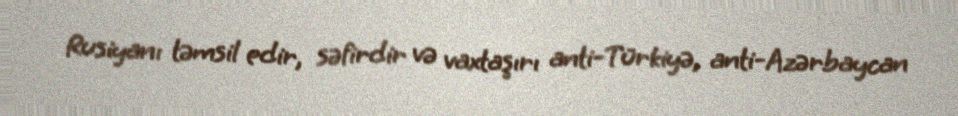
Rusiyanı təmsil edir, səfirdir və vaxtaşırı anti-Türkiyə, anti-Azərbaycan